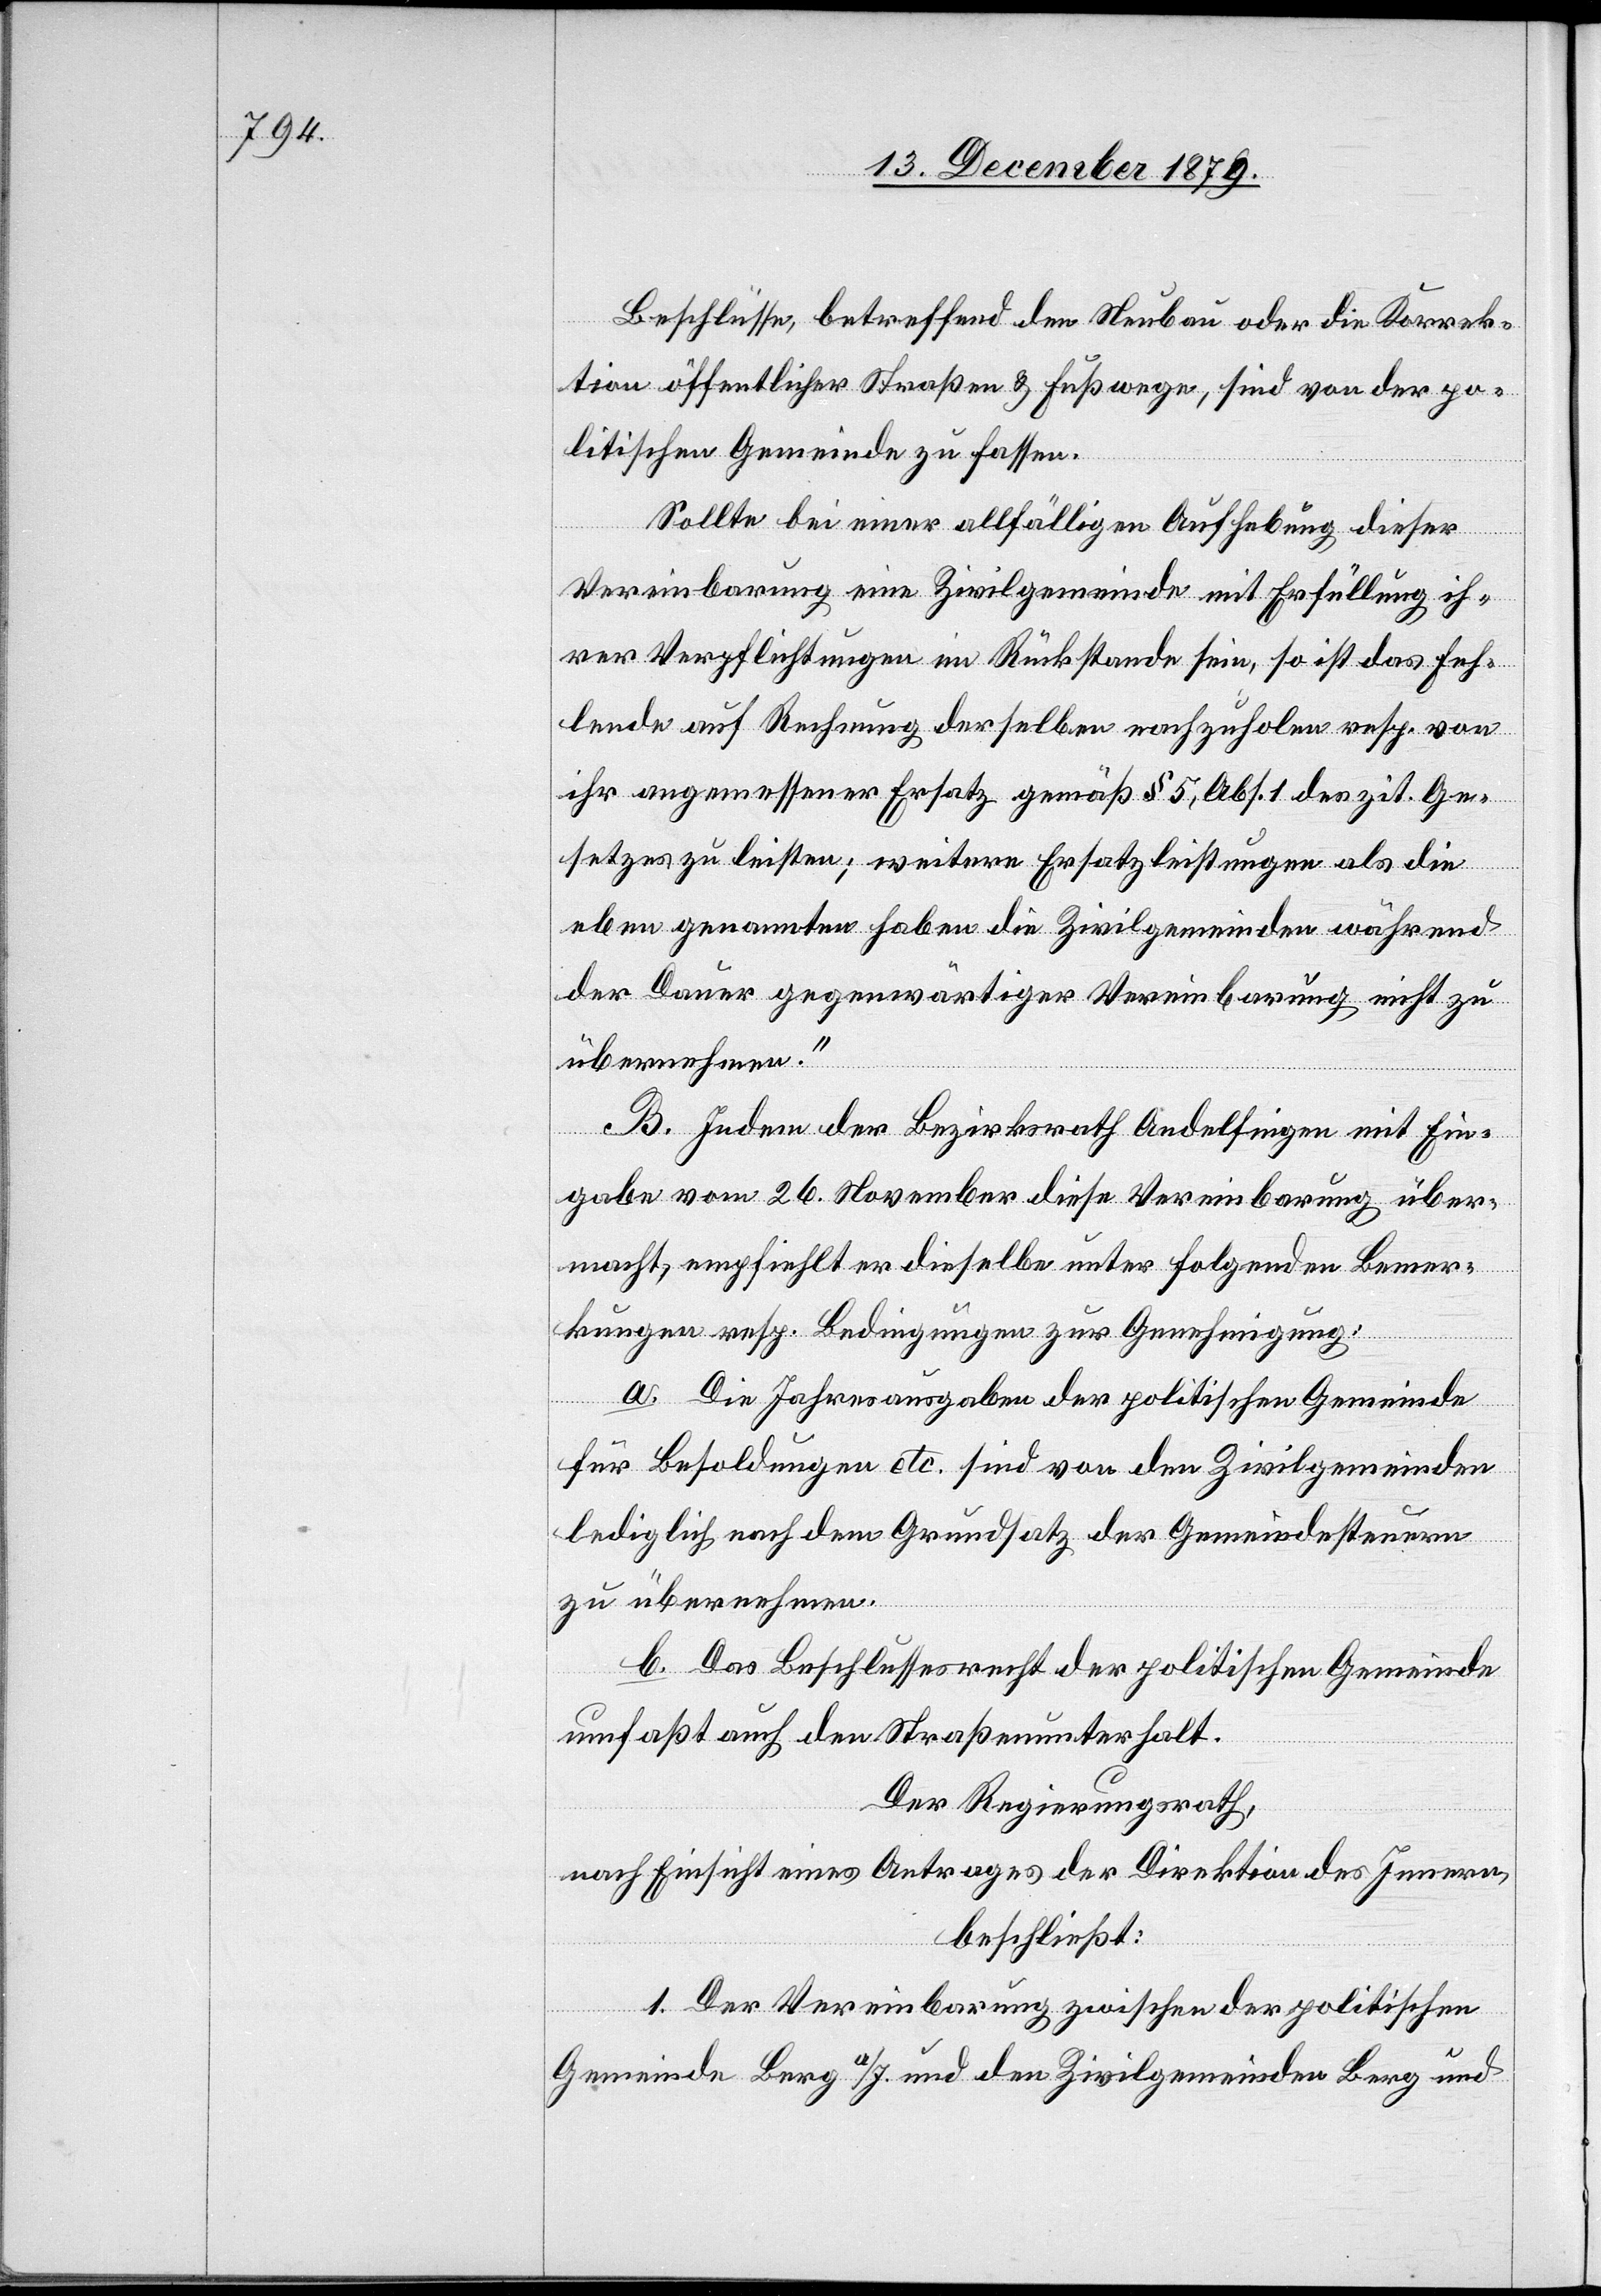
Beschlüsse, betreffend den Neubau oder die Korrek¬
tion öffentlicher Straßen & Fußwege, sind von der po¬
litischen Gemeinde zu fassen.
Sollte bei einer allfälligen Aufhebung dieser
Vereinbarung eine Zivilgemeinde mit Erfüllung ih¬
rer Verpflichtungen im Rückstande sein, so ist das Feh¬
lende auf Rechnung derselben nachzuholen resp. von
ihr angemessener Ersatz gemäß § 5, Abs. 1 des zit. Ge¬
setzes zu leisten; weitere Ersatzleistungen als die
eben genannten haben die Zivilgemeinden während
der Dauer gegenwärtiger Vereinbarung nicht zu
übernehmen.“
B. Indem der Bezirksrath Andelfingen mit Ein¬
gabe vom 26. November diese Vereinbarung über¬
macht, empfiehlt er dieselbe unter folgenden Bemer¬
kungen resp. Bedingungen zur Genehmigung:
a. Die Jahresausgaben der politischen Gemeinde
für Besoldungen etc. sind von den Zivilgemeinden
lediglich nach dem Grundsatz der Gemeindesteuern
zu übernehmen.
b. Das Beschlussesrecht der politischen Gemeinde
umfaßt auch den Straßenunterhalt.
Der Regierungsrath,
nach Einsicht eines Antrages der Direktion des Innern,
beschließt:
1. Der Vereinbarung zwischen der politischen
Gemeinde Berg a/I. und den Zivilgemeinden Berg und